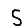
Digit: 5